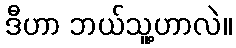
ဒီဟာ ဘယ်သူ့ဟာလဲ။